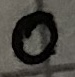
Text: 0